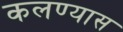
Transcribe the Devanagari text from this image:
कलण्यास